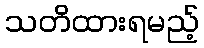
သတိထားရမည့်